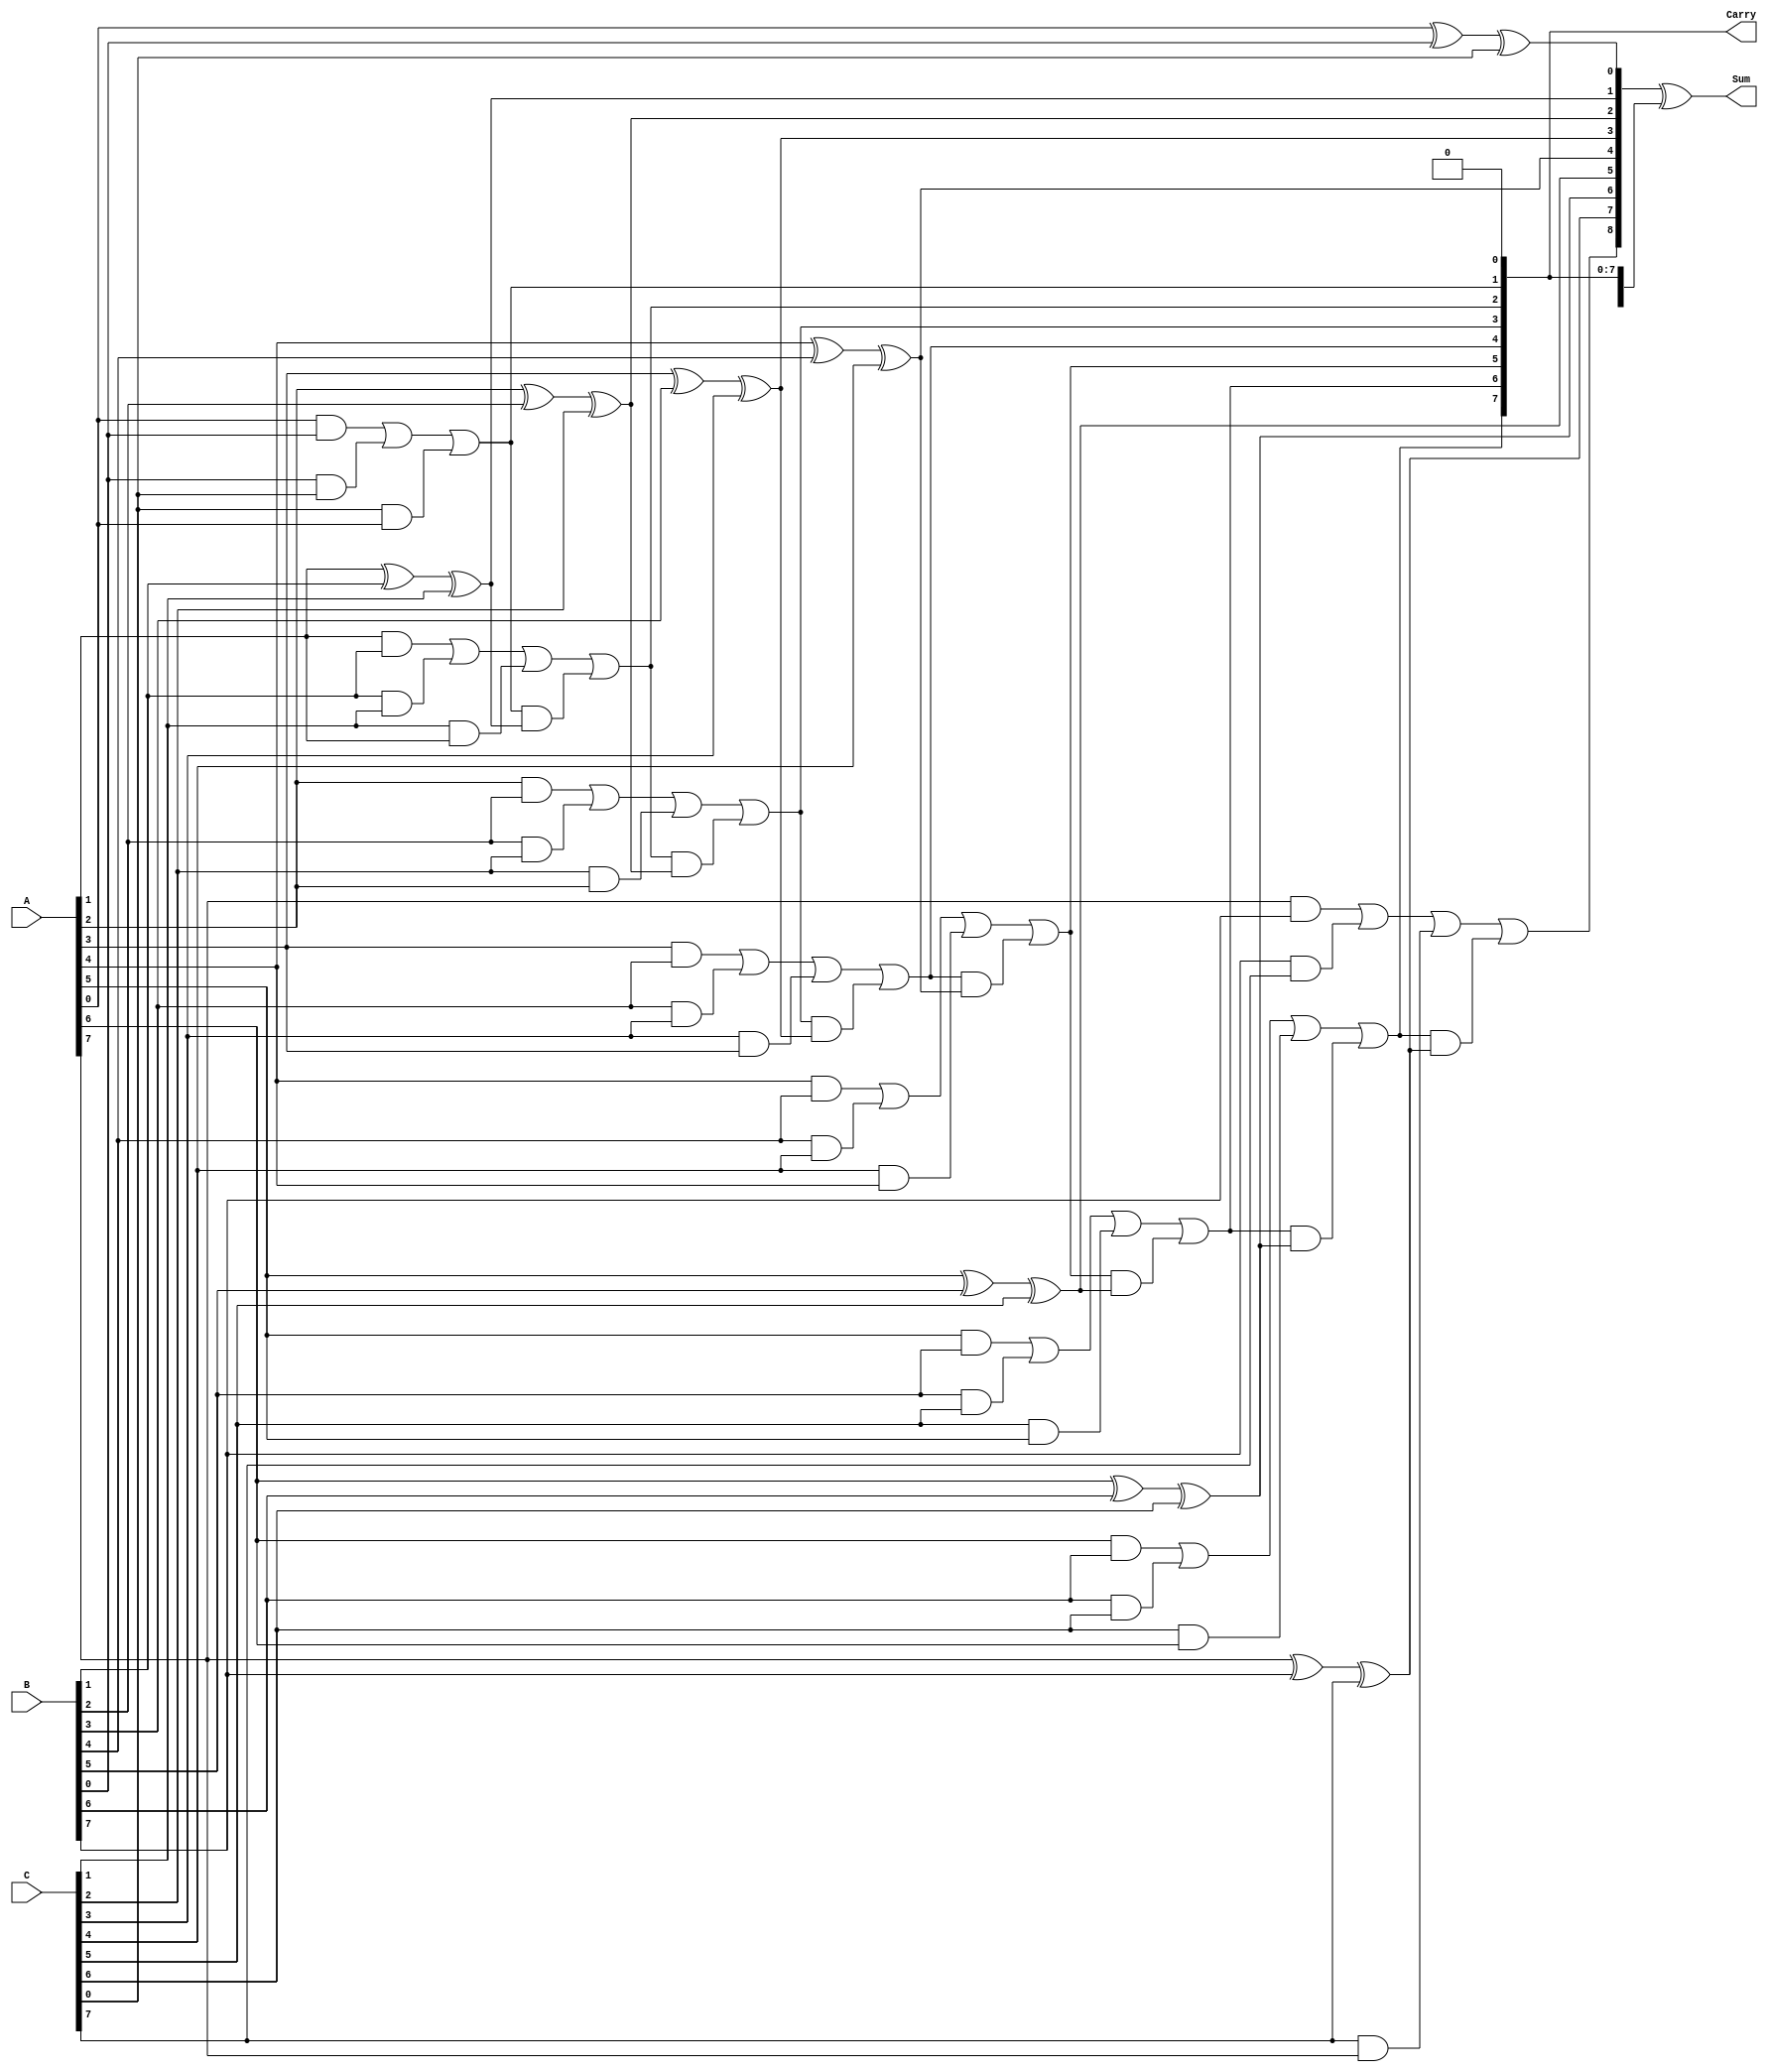
module ModifiedCarrySaveAdder #(parameter n = 8) (
    input [n-1:0] A,
    input [n-1:0] B,
    input [n-1:0] C,
    output [n:0] Sum,
    output [n-1:0] Carry
);

    // Intermediate signals to hold partial sums and carries
    wire [n-1:0] partial_sum;
    wire [n-1:0] carry_temp;

    // Generate partial sums and carries
    genvar i;
    generate
        for (i = 0; i < n; i = i + 1) begin : gen_partial_sum_and_carry
            // Partial sum for each bit position
            assign partial_sum[i] = A[i] ^ B[i] ^ C[i];
            // Carry using majority function
            assign carry_temp[i] = (A[i] & B[i]) | (B[i] & C[i]) | (C[i] & A[i]);
        end
    endgenerate

    // Final carry propagation
    wire [n:0] carry_out;
    assign carry_out[0] = 0; // No initial carry
    generate
        for (i = 0; i < n; i = i + 1) begin : carry_propagation
            assign carry_out[i + 1] = carry_temp[i] | (carry_out[i] & partial_sum[i]);
        end
    endgenerate

    // Final Sum calculation
    assign Sum = {carry_out[n], partial_sum} ^ carry_out; // Sum includes the final carry
    assign Carry = carry_out[n-1:0]; // Final carry output

endmodule